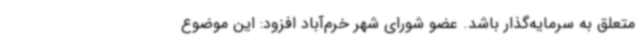
متعلق به سرمایه‌گذار باشد. عضو شورای شهر خرم‌آباد افزود: این موضوع